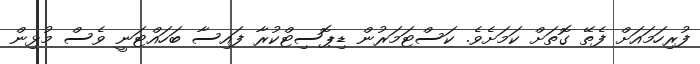
ފުރިހަމައަށް ފެތޭ ގޮތަށް ކަމަށެވެ. ކަސްޓަމަރުން ޑިޕޮސިޓްކުރާ ފައިސާ ބަހައްޓަނީ ވެސް މުޅިން